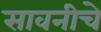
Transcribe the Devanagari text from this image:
सावनीचे